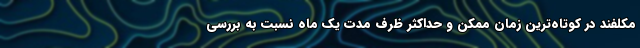
مکلفند در کوتاه‌ترین زمان ممکن و حداکثر ظرف مدت یک ماه نسبت به بررسی